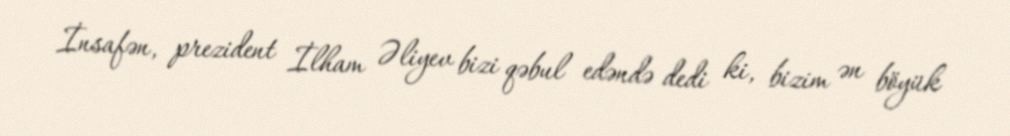
İnsafən, prezident İlham Əliyev bizi qəbul edəndə dedi ki, bizim ən böyük